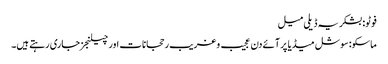
فوٹو: بشکریہ ڈیلی میل
ماسکو: سوشل میڈیا پر آئے دن عجیب و غریب رحجانات اور چیلنجز جاری رہتے ہیں۔